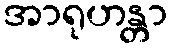
အာရုဟန္တာ